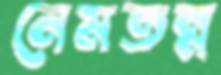
নেমতন্ন